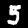
Digit: 5